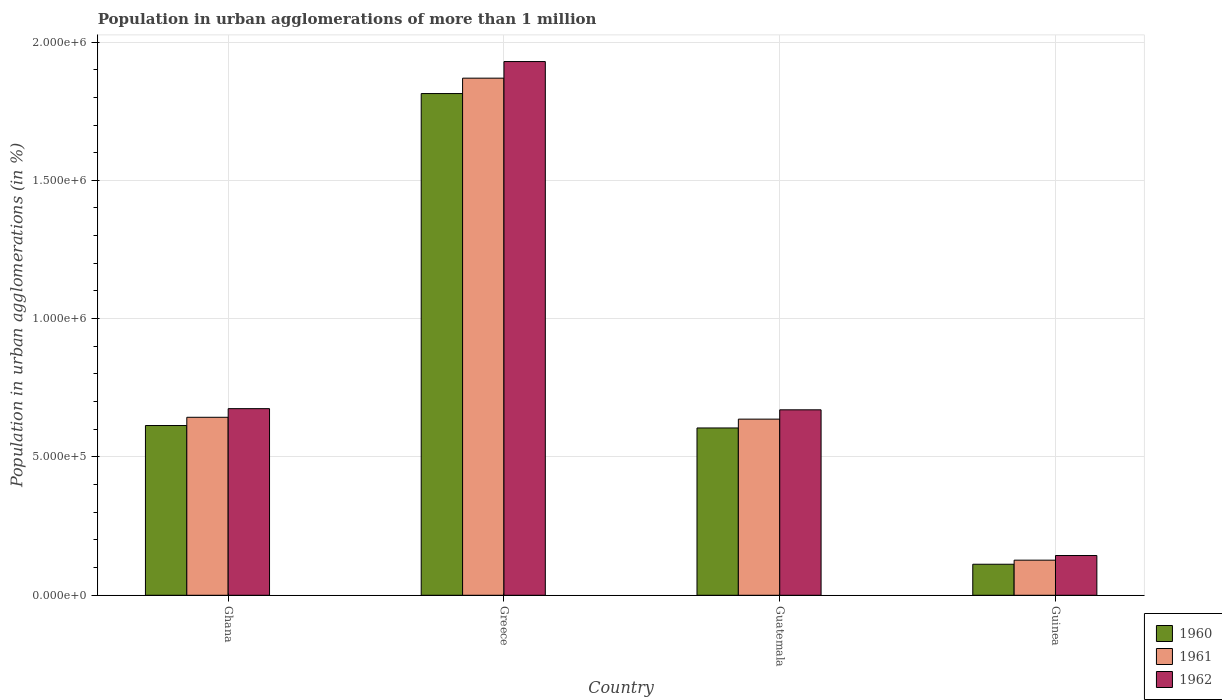
| Country | 1960 | 1961 | 1962 |
 | --- | --- | --- | --- |
 | Ghana | 6.14e+05 | 6.43e+05 | 6.75e+05 |
 | Greece | 1.81e+06 | 1.87e+06 | 1.93e+06 |
 | Guatemala | 6.05e+05 | 6.37e+05 | 6.7e+05 |
 | Guinea | 1.12e+05 | 1.27e+05 | 1.44e+05 |